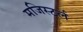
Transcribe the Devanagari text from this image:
मजिस्टर्ल